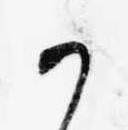
か